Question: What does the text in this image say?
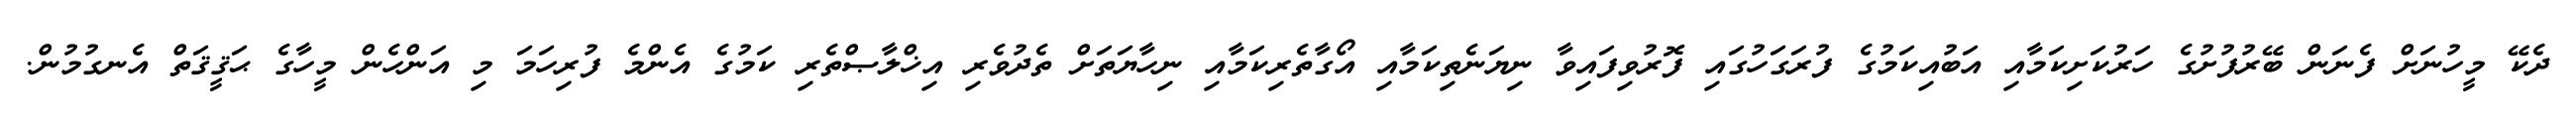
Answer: ދެކޭ މީހުނަށް ފެނަން ބޭރުފުށުގެ ހަރުކަށިކަމާއި އަބުއިކަމުގެ ފުރަގަހުގައި ފޮރުވިފައިވާ ނިޔަނެތިކަމާއި އޯގާތެރިކަމާއި ނިހާޔަތަށް ތެދުވެރި އިޚްލާޞްތެރި ކަމުގެ އެންމެ ފުރިހަމަ މި އަންހެން މީހާގެ ޙަޤީޤަތް އެނގުމުން.